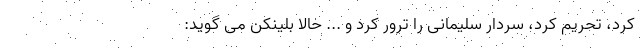
کرد، تحریم کرد، سردار سلیمانی را ترور کرد و ... حالا بلینکن می گوید: